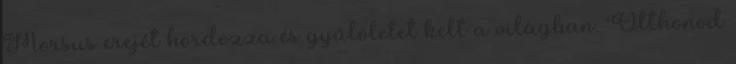
Morsus erejét hordozza és gyűlöletet kelt a világban. Otthonod